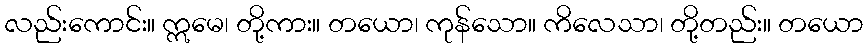
လည်းကောင်း။ ဣမေ၊ တို့ကား။ တယော၊ ကုန်သော။ ကိလေသာ၊ တို့တည်း။ တယော